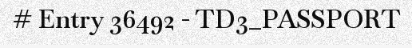
# Entry 36492 - TD3_PASSPORT